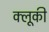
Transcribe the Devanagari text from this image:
क्लूकी